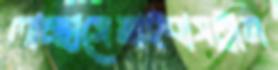
লাচ্ছাসেমাইবাসট্রাম